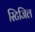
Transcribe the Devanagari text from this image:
स्टिजिल